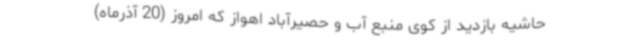
حاشیه بازدید از کوی منبع آب و حصیرآباد اهواز که امروز (20 آذرماه)